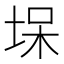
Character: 㙅